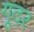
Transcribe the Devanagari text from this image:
गूदर